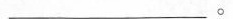
___。